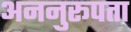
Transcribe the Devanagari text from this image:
अननुरूपता